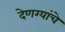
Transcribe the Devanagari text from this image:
देणग्यांचे